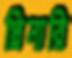
প্লিনারি